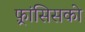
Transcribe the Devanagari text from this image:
फ़्रांसिसको